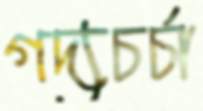
গদ্যচর্চা